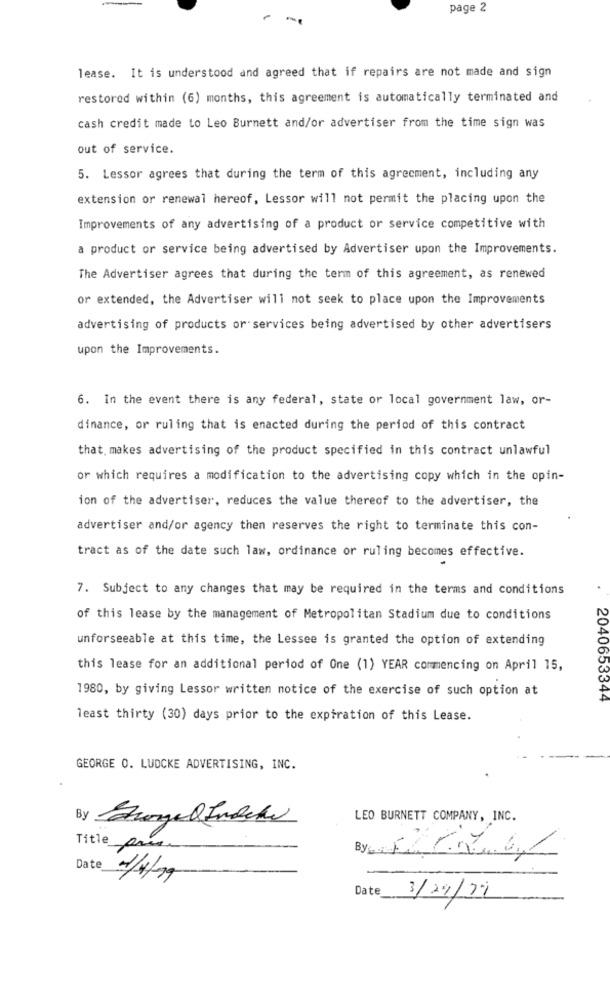
page 2
-
lease. It is understood and agreed that if repairs are not made and sign
restored within (6) months, this agreement is automatically terminated and
cash credit made to Leo Burnett and/or advertiser from the time sign was
out of service.
5. Lessor agrees that during the term of this agreement, including any
extension or renewal hereof, Lessor will not permit the placing upon the
Improvements of any advertising of a product or service competitive with
a product or service being advertised by Advertiser upon the Improvements.
The Advertiser agrees that during the term of this agreement, as renewed
or extended, the Advertiser will not seek to place upon the Improvements
advertising of products or services being advertised by other advertisers
upon the Improvements.
6. In the event there is any federal, state or local government law, or-
dinance, or ruling that is enacted during the period of this contract
that makes advertising of the product specified in this contract unlawful
or which requires a modification to the advertising copy which in the opin-
ion of the advertiser, reduces the value thereof to the advertiser, the
advertiser and/or agency then reserves the right to terminate this con-
tract as of the date such law, ordinance or ruling becomes effective.
7. Subject to any changes that may be required in the terms and conditions
of this lease by the management of Metropolitan Stadium due to conditions
unforseeable at this time, the Lessee is granted the option of extending
this lease for an additional period of One (1) YEAR commencing on April 15,
1980, by giving Lessor written notice of the exercise of such option at
2040653344
least thirty (30) days prior to the expiration of this Lease.
GEORGE O. LUDCKE ADVERTISING, INC.
By Grangel Indede
LEO BURNETT COMPANY, INC.
Title pr
By: Frau
Date
1/4/19
Date
3/29/17